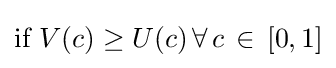
{\text{if }}V(c)\geq U(c)\,\forall \,c\,\in \,[0,1]